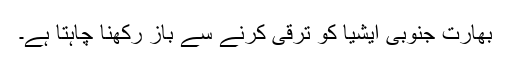
بھارت جنوبی ایشیا کو ترقی کرنے سے باز رکھنا چاہتا ہے۔